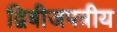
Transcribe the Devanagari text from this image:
द्विबीजपत्रीय